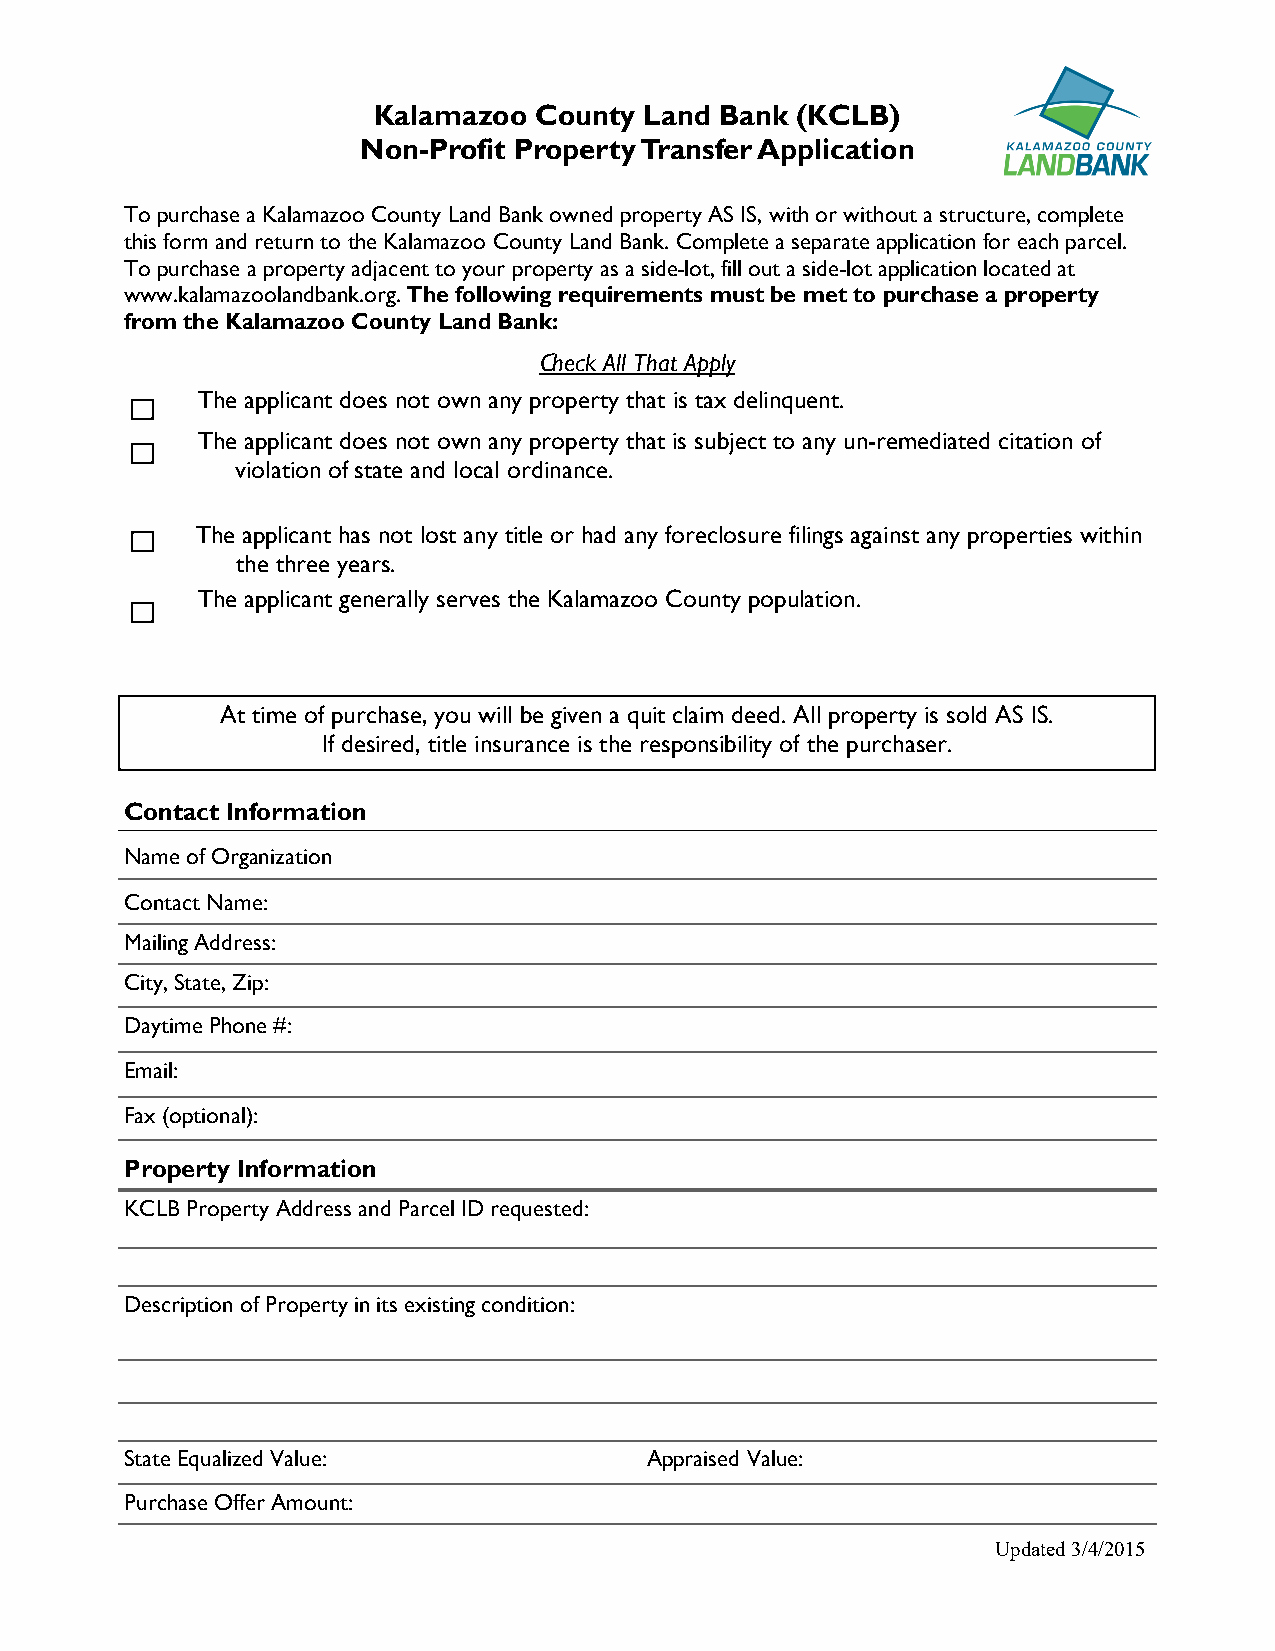
Kalamazoo County  Land Bank (KCLB)
 Non-Profit Property Transfer Application
 To purchase a Kalamazoo County Land Bank owned property AS IS, with or without a structure, complete
 this form and return to the Kalamazoo County Land Bank. Complete a separate application for each parcel.
 To purchase a property adjacent to your property as a side-lot, fill out a side-lot application located at
 www.kalamazoolandbank.org. The following requirements must be met to purchase a property
 from the Kalamazoo County Land Bank:
 Check All That Apply
 ⁭
 The applicant does not own any property that is tax delinquent.
 ⁭
 The applicant does not own any property that is subject to any un-remediated citation of
 violation of state and local ordinance.
 ⁭
 The applicant has not lost any title or had any foreclosure filings against any properties within
 the three years.
 ⁭
 The applicant generally serves the Kalamazoo County population.
 At time of purchase, you will be given a quit claim deed. All property is sold AS IS.
 If desired, title insurance is the responsibility of the purchaser.
 Contact Information
 Name of Organization
 Contact Name:
 Mailing Address:
 City, State, Zip:
 Daytime Phone #:
 Email:
 Fax (optional):
 Property Information
 KCLB Property Address and Parcel ID requested:
 Description of Property in its existing condition:
 State Equalized Value:             Appraised Value:
 Purchase Offer Amount:
 Updated⁭3/4/2015